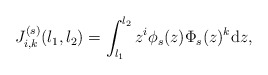
\begin{align*}J_{i,k}^{(s)}(l_1,l_2)&=\int_{l_1}^{l_2} z^i \phi_s(z)\Phi_s(z)^k \mathrm{d}z,\end{align*}